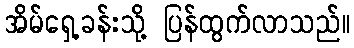
အိမ်ရှေ့ခန်းသို့ ပြန်ထွက်လာသည်။